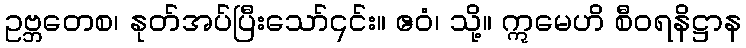
ဥဗ္ဘတေစ၊ နုတ်အပ်ပြီးသော်၎င်း။ ဧဝံ၊ သို့။ ဣမေဟိ စီဝရနိဋ္ဌာန